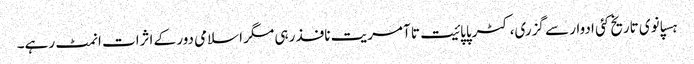
ہسپانوی تاریخ کئی ادوار سے گزری، کٹرپاپائیت تا آمریت نافذ رہی مگر اسلامی دور کے اثرات انمٹ رہے۔